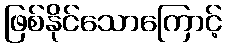
ဖြစ်နိုင်သောကြောင့်